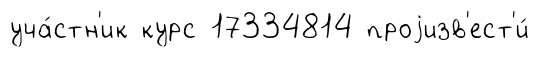
уча́стн'ик курс 17334814 проjизв'ест'и́